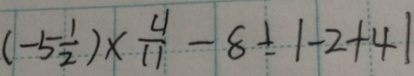
( - 5 \frac { 1 } { 2 } ) \times \frac { 4 } { 1 1 } - 8 \div \vert - 2 + 4 \vert